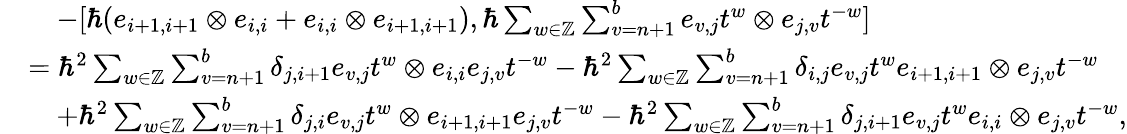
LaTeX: \begin{array}{rl}&{\quad-[\hbar(e_{i+1,i+1}\otimes e_{i,i}+e_{i,i}\otimes e_{i+1,i+1}),\hbar\sum_{w\in\mathbb{Z}}\sum_{v=n+1}^{b}e_{v,j}t^{w}\otimes e_{j,v}t^{-w}]}\\ &{=\hbar^{2}\sum_{w\in\mathbb{Z}}\sum_{v=n+1}^{b}\delta_{j,i+1}e_{v,j}t^{w}\otimes e_{i,i}e_{j,v}t^{-w}-\hbar^{2}\sum_{w\in\mathbb{Z}}\sum_{v=n+1}^{b}\delta_{i,j}e_{v,j}t^{w}e_{i+1,i+1}\otimes e_{j,v}t^{-w}}\\ &{\quad+\hbar^{2}\sum_{w\in\mathbb{Z}}\sum_{v=n+1}^{b}\delta_{j,i}e_{v,j}t^{w}\otimes e_{i+1,i+1}e_{j,v}t^{-w}-\hbar^{2}\sum_{w\in\mathbb{Z}}\sum_{v=n+1}^{b}\delta_{j,i+1}e_{v,j}t^{w}e_{i,i}\otimes e_{j,v}t^{-w},}\end{array}